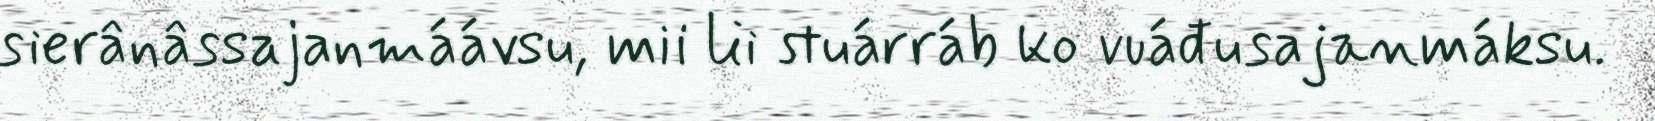
sierânâssajanmáávsu, mii lii stuárráb ko vuáđusajanmáksu.